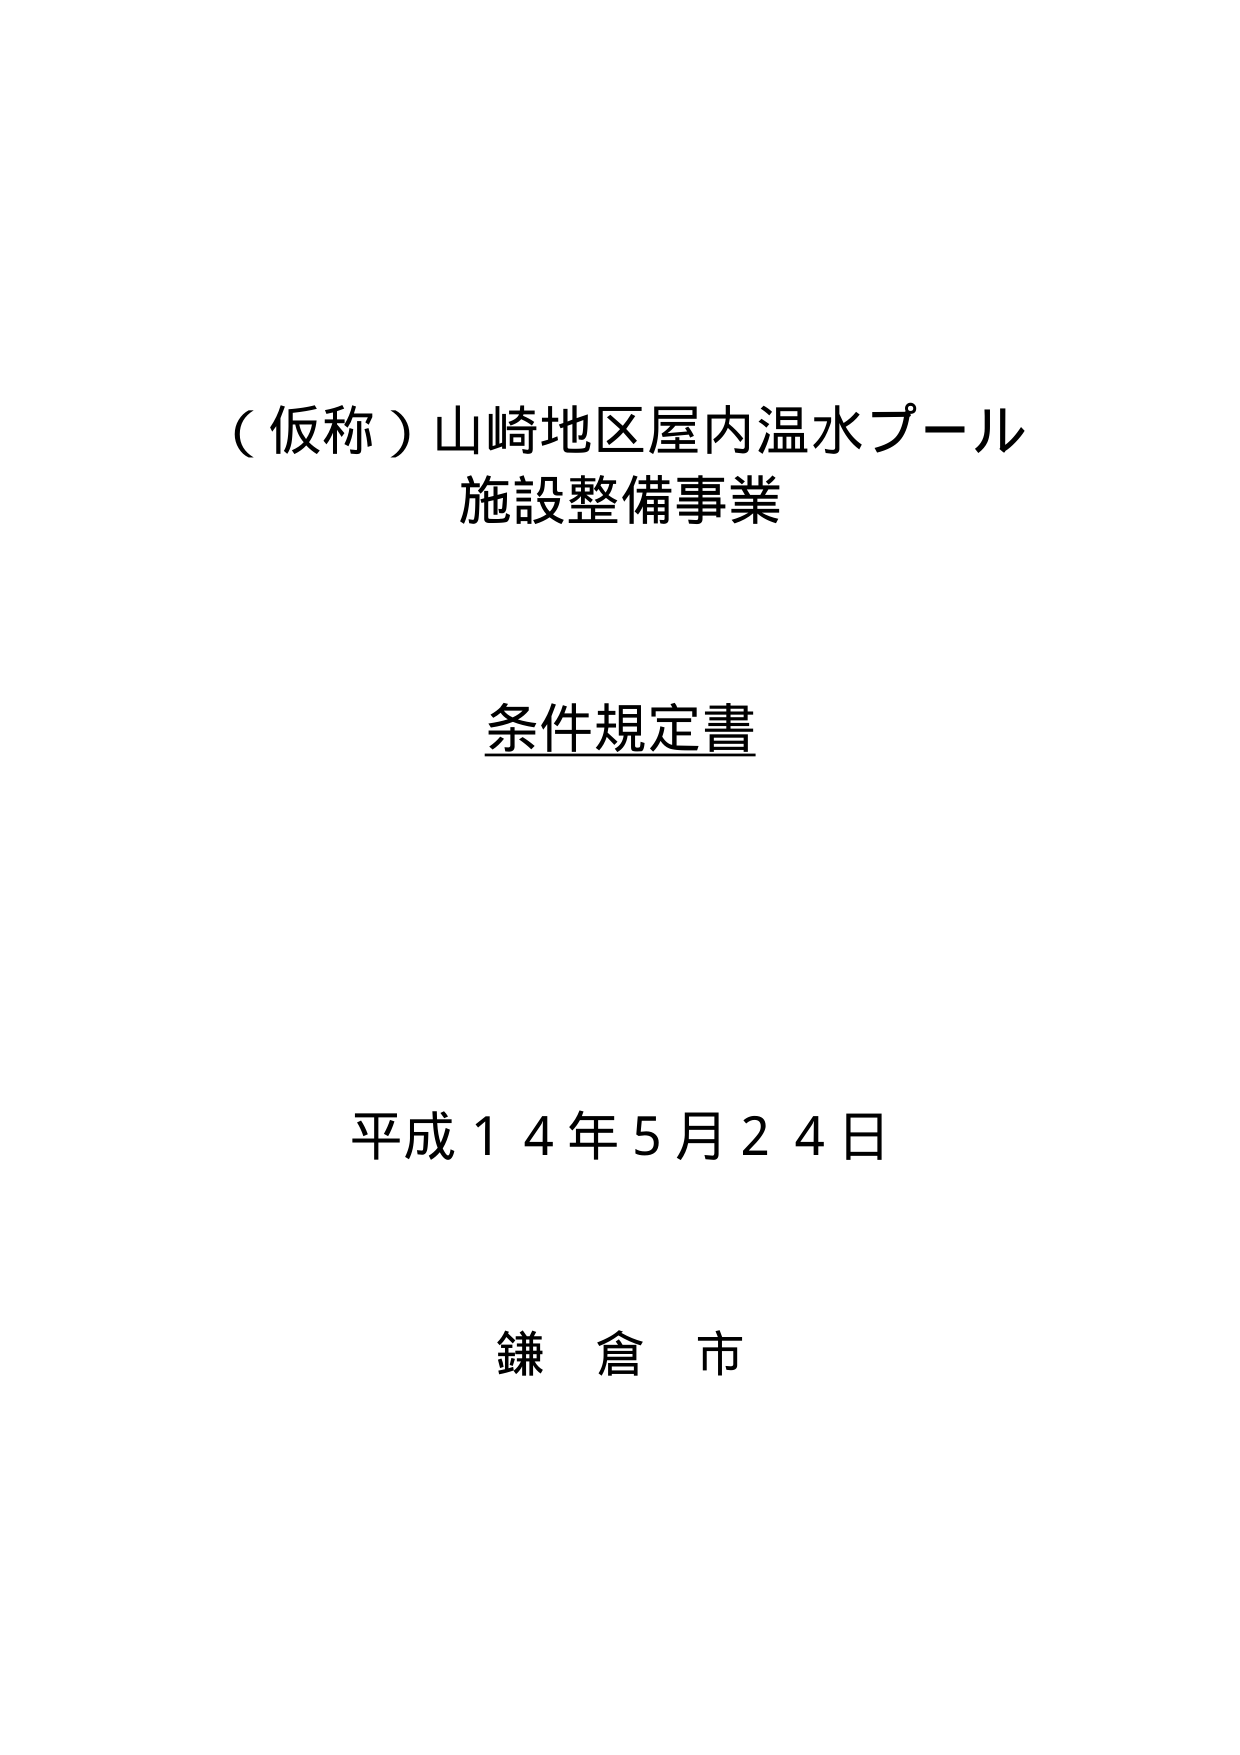
（仮称）山崎地区屋内温水プール
施設整備事業

条件規定書

平成１４年５月２４日

鎌倉市